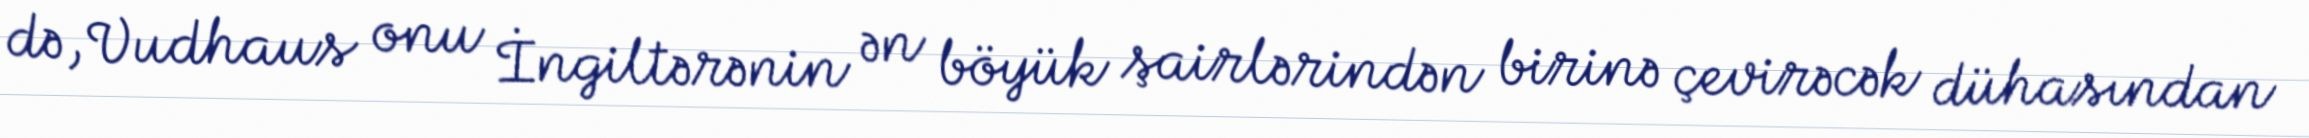
də, Vudhaus onu İngiltərənin ən böyük şairlərindən birinə çevirəcək dühasından